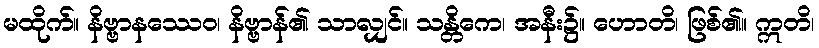
မထိုက်။ နိဗ္ဗာနဿေဝ၊ နိဗ္ဗာန်၏ သာလျှင်။ သန္တိကေ၊ အနီး၌။ ဟောတိ၊ ဖြစ်၏။ ဣတိ၊